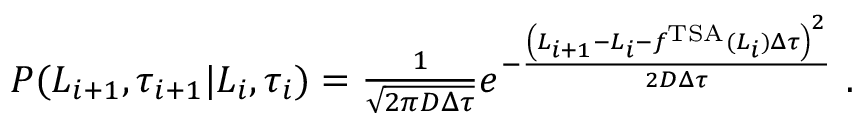
\begin{array} { r } { P ( L _ { i + 1 } , \tau _ { i + 1 } | L _ { i } , \tau _ { i } ) = \frac { 1 } { \sqrt { 2 \pi D \Delta \tau } } e ^ { - \frac { \left( L _ { i + 1 } - L _ { i } - f ^ { \mathrm { T S A } } ( L _ { i } ) \Delta \tau \right) ^ { 2 } } { 2 D \Delta \tau } } \ . } \end{array}